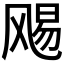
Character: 𮸻